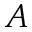
A